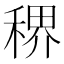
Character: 𬓳